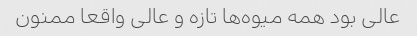
عالی بود همه میوه‌ها تازه و عالی واقعا ممنون